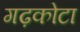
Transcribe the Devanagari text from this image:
गढ़कोटा